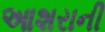
આશરાની